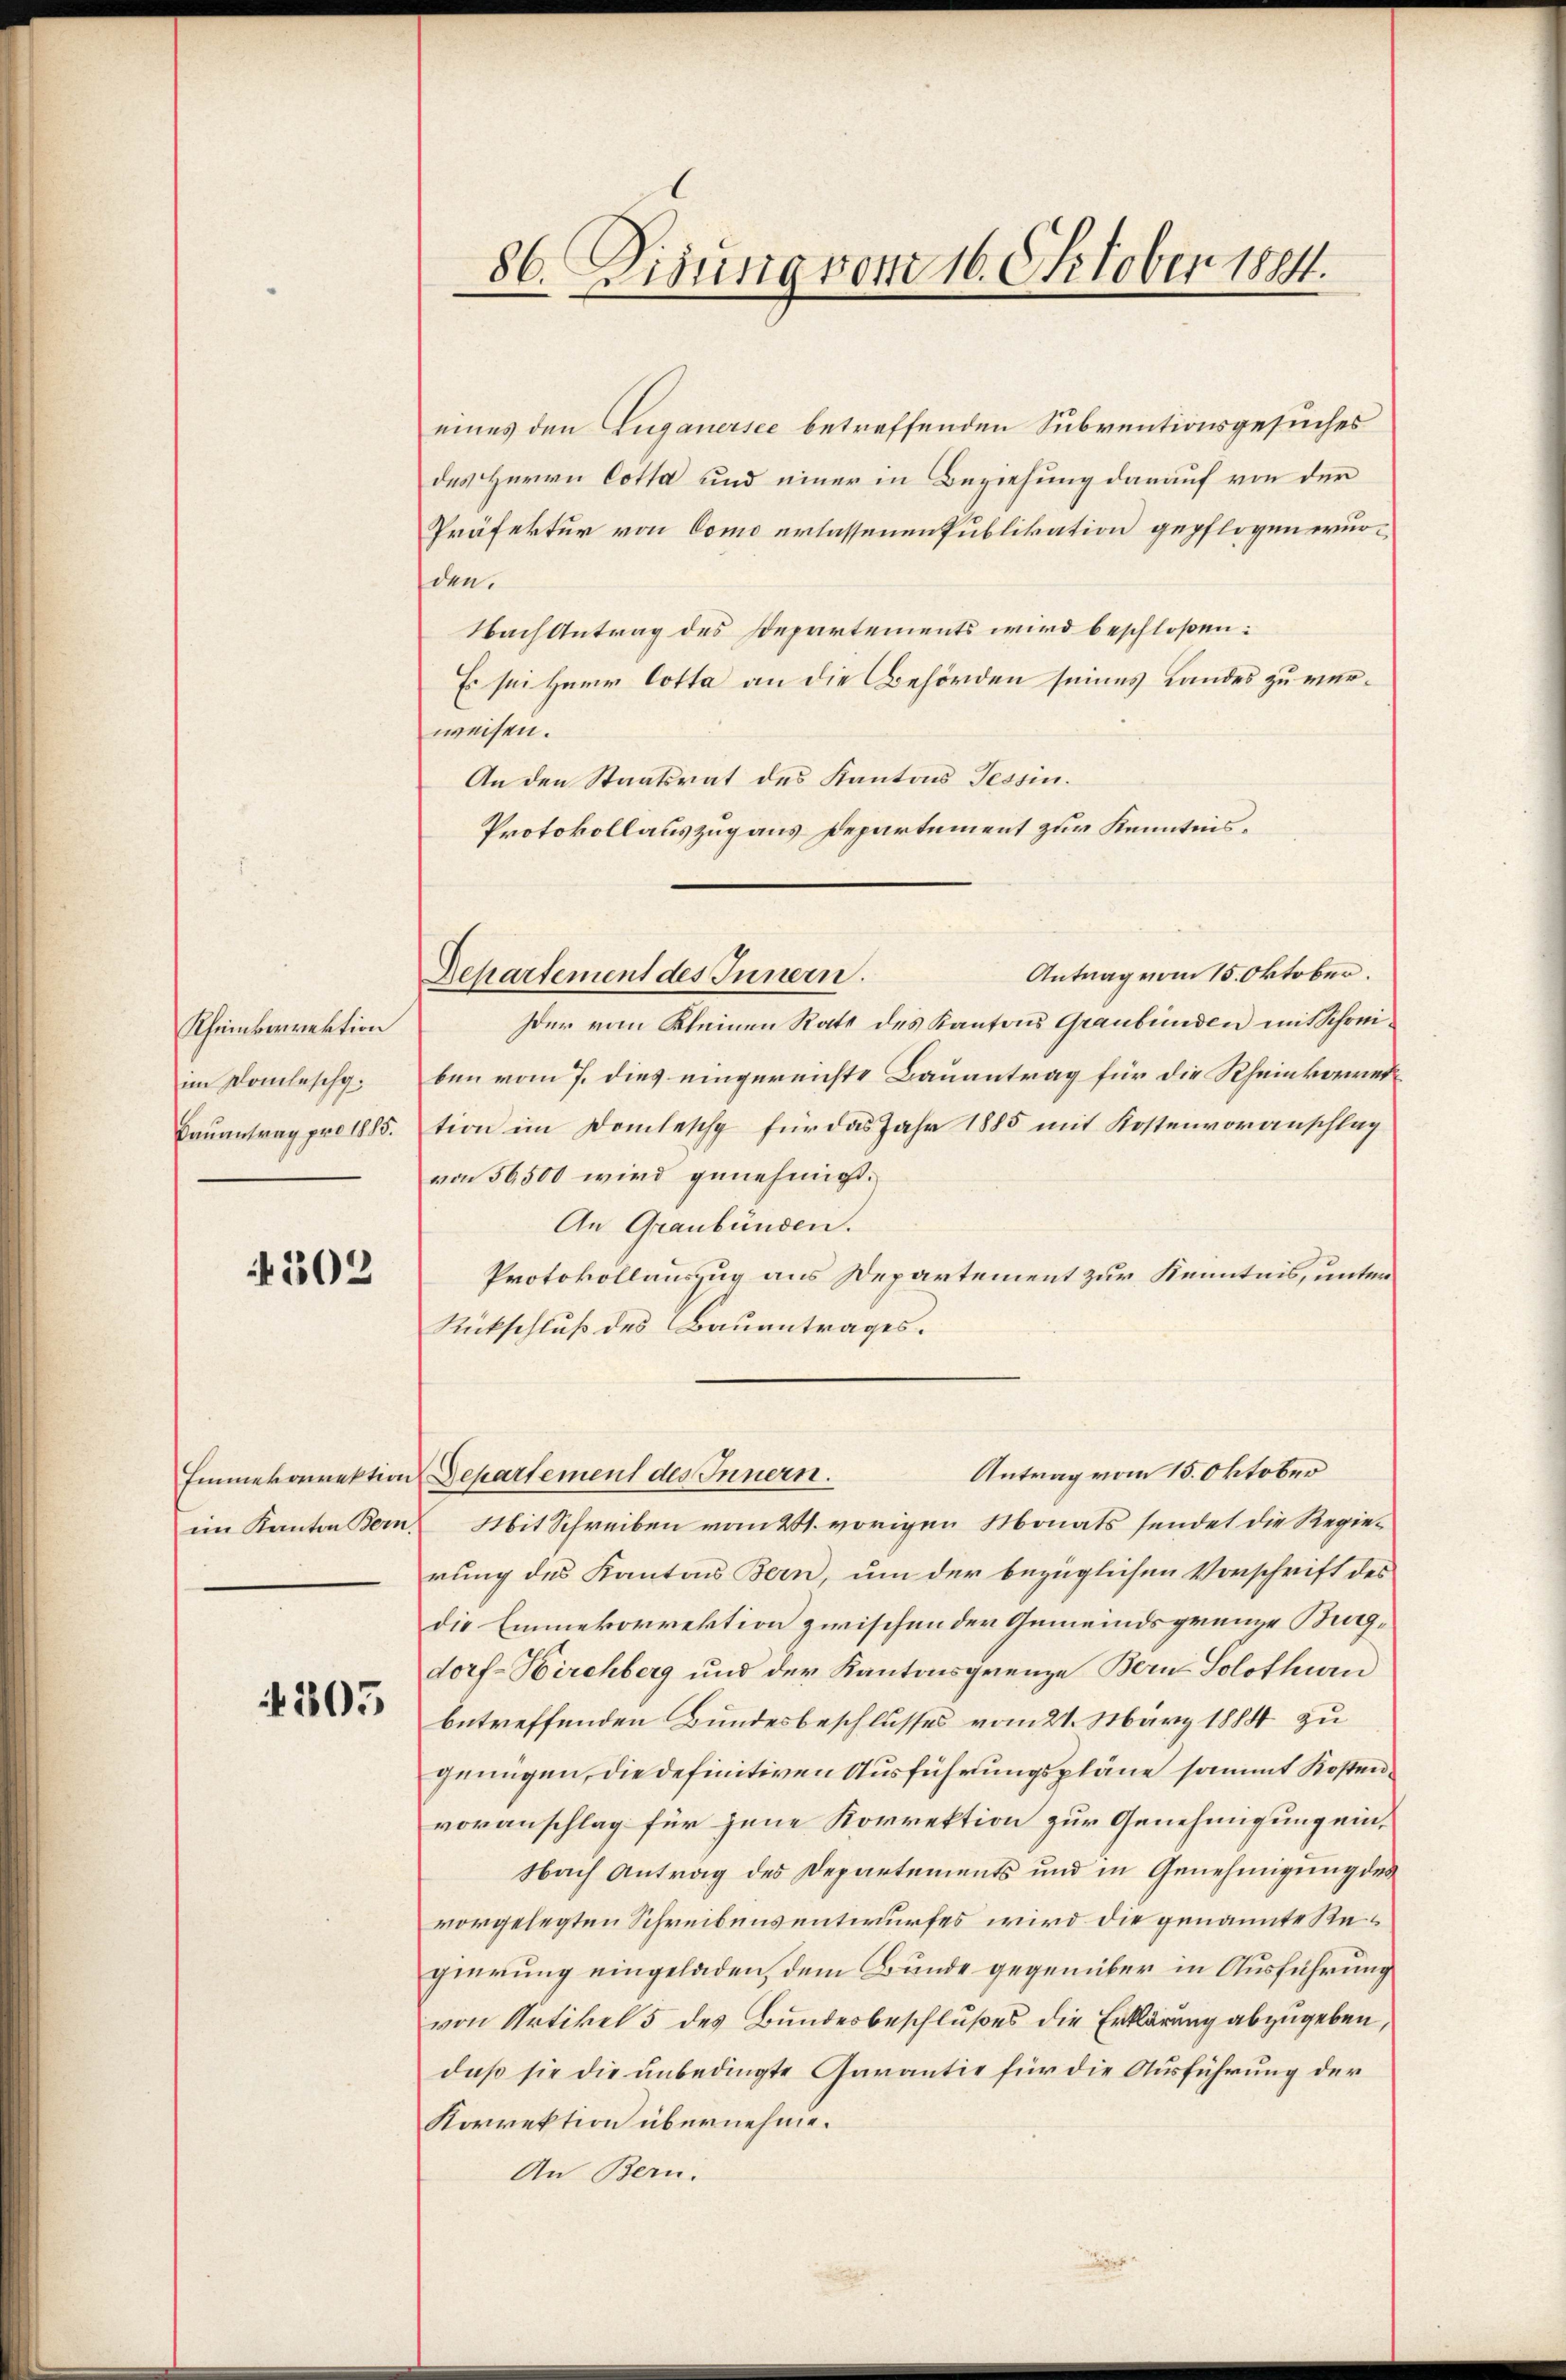
Kheinkorrektion
im Domleschg.
Bauantrag pro 1885.

4502

Emmekorrektion
im Kanton Bern.

4305

86. Disung vom 16. Oktober 1884.

eines den Luganersee betreffenden Subventionsgesuches
des Herrn Cotta und einer in Beziehung darauf von der
Präfektur von Como erlassenen Publikation gepflogen eurden.
Nach Antrag des Departements wird beschloßen:
Es sei Herr Cotta an die Behörden seines Landes zu verweisen.
An den Staatsrat des Kantons Tessin.
Protokollauszug aus Departement zur Kenntnis¬

Antrag vom 15. Oktober.
Ider vom Kleinen Rate des Kantons Graubünden mit Schreiben vom 7. dies eingereichte Bauantrag für die Rheinkorrettion im Domlesch für das Jahr 1885 mit Kostenvoranschlag
von 56,500 wird genehmigt.
An Graubünden.
Protokollauszug aus Departement zur Kenntnis, unter
Rückschluß des Bauentrages.
Antrag vom 15. Oktober
Mit Schreiben vom 21. vorigen Monats sendet die Regierung des Kantons Bern, um der bezüglichen Vorschrift des
die Emmekorrektion zwischen der Gemeindsgrenze Burdorf-Hirchberg und der Kantonsgrenze Bern Solothurn
betreffenden Bundesbeschlusses vom 21. März 1884 zu
genügen, die definitiven Ausführungspläne sammt Kostenvoranschlag für jene Korrektion zur Genehmigung ein¬
Nach Antrag des Departements und in Genehmigung des
vorgelegten Schreibensentwurfes wird die genannte Regierung eingeladen, dem Bunde gegenüber in Ausführung
von Artikel 5 des Bundesbeschlußes die Erklärung abzugeben,
daß sie die unbedingte Garantie für die Ausführung der
Korrektion übernehme.
An Bern.

Departement des Innern.

Separtement des Innern.